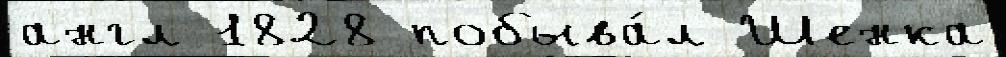
англ 1828 побыва́л Шенка